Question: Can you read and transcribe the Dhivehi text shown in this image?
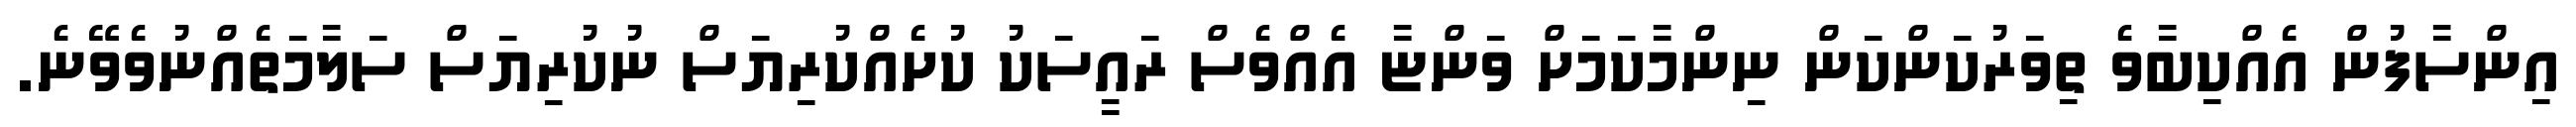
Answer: އިންސާފުން އެއްކިބާވެ ތިވަރުކަންކަން ނިންމާކަމަށް ވަންޏާ އެއްވެސް ރައީސަކު ކުށެއްކުރިޔަސް ނުކުރިޔަސް ސަލާމަތެއްނުވެވޭނެ.